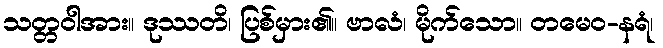
သတ္တဝါအား။ ဒုဿတိ၊ ပြစ်မှား၏။ ဗာလံ၊ မိုက်သော။ တမေဝ-နရံ၊